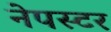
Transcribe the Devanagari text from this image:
नेपस्टर